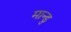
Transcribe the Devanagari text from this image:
मान्डु